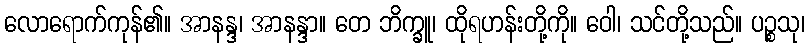
လောရောက်ကုန်၏။ အာနန္ဒ၊ အာနန္ဒာ။ တေ ဘိက္ခူ၊ ထိုရဟန်းတို့ကို။ ဝေါ၊ သင်တို့သည်။ ပဉ္စသု၊